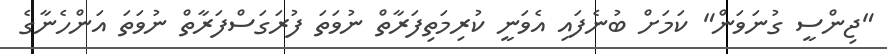
"ޖިންސީ ގުނަވަން" ކަމަށް ބުނެފައި އެވަނީ ކުރިމަތިފަރާތް ނުވަތަ ފުރަގަސްފަރާތް ނުވަތަ އަންހެނާގެ